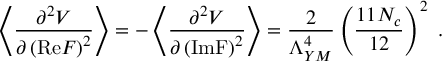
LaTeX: \left\langle \frac { \partial ^ { 2 } V } { \partial \left( \mathrm { R e } F \right) ^ { 2 } } \right\rangle = - \left\langle \frac { \partial ^ { 2 } V } { \partial \left( \mathrm { I m F } \right) ^ { 2 } } \right\rangle = \frac { 2 } { \Lambda _ { Y M } ^ { 4 } } \left( \frac { 1 1 N _ { c } } { 1 2 } \right) ^ { 2 } \ .